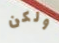
ولكن